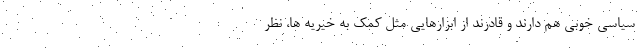
سیاسی خوبی هم دارند و قادرند از ابزارهایی مثل کمک به خیریه ها، نظر